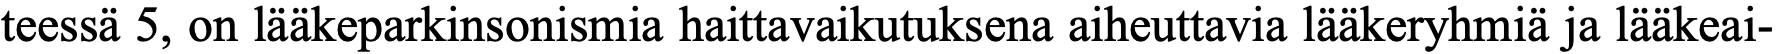
teessä 5, on lääkeparkinsonismia haittavaikutuksena aiheuttavia lääkeryhmiä ja lääkeai-